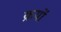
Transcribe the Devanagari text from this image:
क्रयों